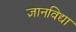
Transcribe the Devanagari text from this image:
ज्ञानविद्या